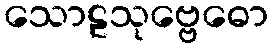
သောဠသုဗ္ဗေဓော